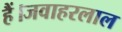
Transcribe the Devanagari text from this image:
हैं।जवाहरलाल